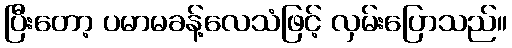
ပြီးတော့ ပမာမခန့်လေသံဖြင့် လှမ်းပြောသည်။